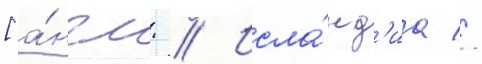
[а́нгл. // Исла́нд'иа //